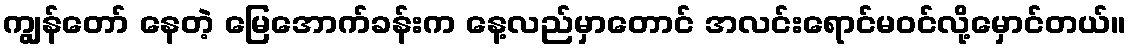
ကျွန်တော် နေတဲ့ မြေအောက်ခန်းက နေ့လည်မှာတောင် အလင်းရောင်မဝင်လို့မှောင်တယ်။